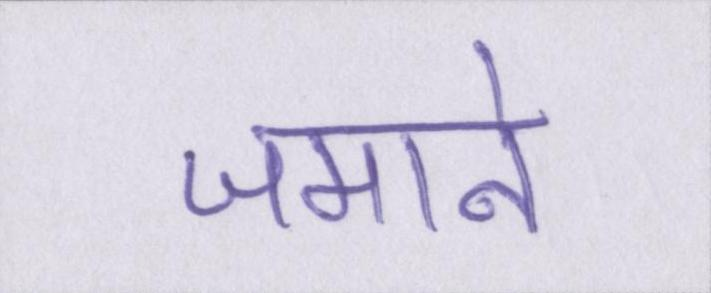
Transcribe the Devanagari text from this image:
जमाने